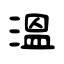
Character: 溫